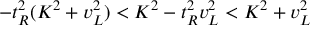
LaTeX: - t _ { R } ^ { 2 } ( K ^ { 2 } + v _ { L } ^ { 2 } ) < K ^ { 2 } - t _ { R } ^ { 2 } v _ { L } ^ { 2 } < K ^ { 2 } + v _ { L } ^ { 2 }